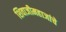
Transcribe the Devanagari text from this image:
शिवाजीमहाजांचे